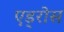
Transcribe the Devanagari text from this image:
एड्रोस